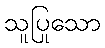
သူပြုသော